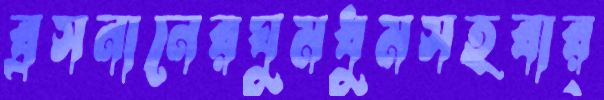
ব্রসনানেরঘুমধুমসহবার্